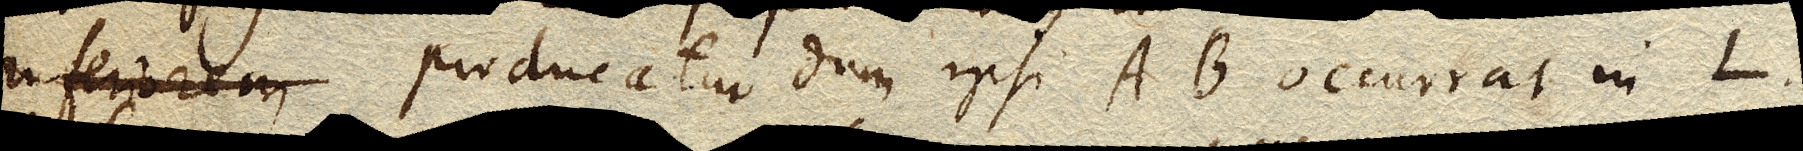
inferiorem perducatur dum ipsi AB occurrat in L.